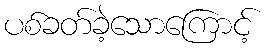
ပစ်ခတ်ခဲ့သောကြောင့်